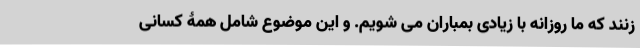
زنند که ما روزانه با زیادی بمباران می شویم. و این موضوع شامل همۀ کسانی